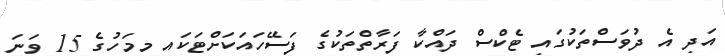
އަދި އެ ދުވަސްތަކުގައި ޓެކްސް ދައްކާ ފަރާތްތަކުގެ ފަސޭހައަކަށްްޓަކައި މިމަހުގެ 15 ވަނަ